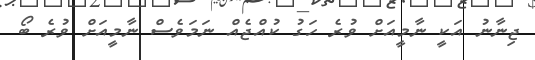
ޖިނާނު އަކީ ނާމީއަށް ވުރެ ހަގު ކުއްޖެއް ނަމަވެސް ނާމީއަށް ވުރެ ބޯ